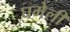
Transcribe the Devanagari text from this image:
घमेली